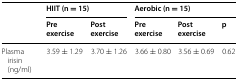
| <ROWSPAN=2>  | <COLSPAN=2> HIIT (n = 15) | <COLSPAN=3> Aerobic (n = 15) |
 | Pre exercise | Post exercise | Pre exercise | Post exercise | p |
 | --- | --- | --- | --- | --- | --- |
 | Plasma irisin (ng/ml) | 3.59 ± 1.29 | 3.70 ± 1.26 | 3.66 ± 0.80 | 3.56 ± 0.69 | 0.62 |